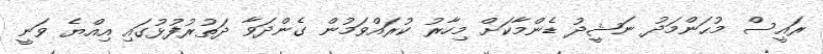
ރައީސް މުޙަންމަދު ނަޝީދު ޑެންމާކަށް މިހާރު ކުރައްވަމުން ގެންދަވާ ދަތުރުފުޅުގައި އިއްޔެ ވަނީ